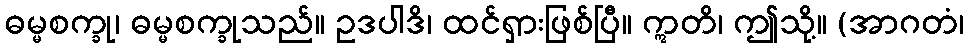
ဓမ္မစက္ခု၊ ဓမ္မစက္ခုသည်။ ဥဒပါဒိ၊ ထင်ရှားဖြစ်ပြီ။ ဣတိ၊ ဤသို့။ (အာဂတံ၊